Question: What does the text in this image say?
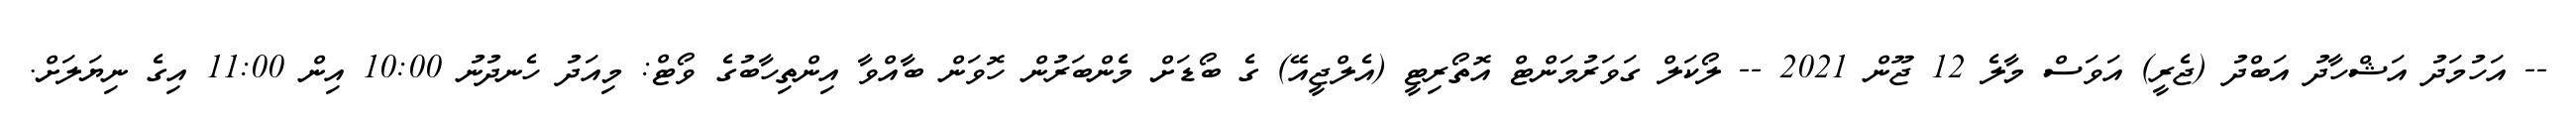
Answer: -- އަހުމަދު އަޝްހާދު އަބްދު (ޖެރީ) އަވަސް މާލެ 12 ޖޫން 2021 -- ލޯކަލް ގަވަރުމަންޓް އޮތޯރިޓީ (އެލްޖީއޭ) ގެ ބޯޑަށް މެންބަރުން ހޮވަން ބާއްވާ އިންތިހާބުގެ ވޯޓް: މިއަދު ހެނދުނު 10:00 އިން 11:00 އިގެ ނިޔަލަށް.